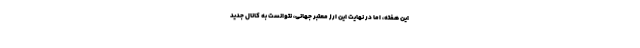
این هفته، اما در نهایت این ارز معتبر جهانی، نتوانست به کانال جدید